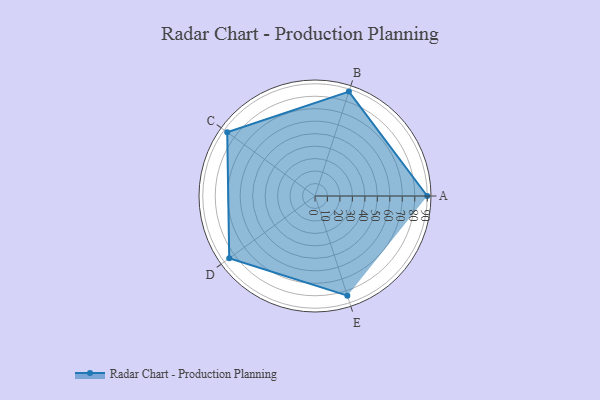
{"axis": {"x": "Skill", "y": "Score"}, "legend": ["Profile"], "data": [{"x": "A", "y": 90.0, "type": "Profile"}, {"x": "B", "y": 88.0, "type": "Profile"}, {"x": "C", "y": 87.0, "type": "Profile"}, {"x": "D", "y": 85.0, "type": "Profile"}, {"x": "E", "y": 84.0, "type": "Profile"}]}